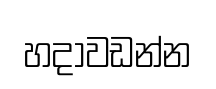
හදාවඩන්න